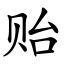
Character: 贻